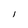
Character: l